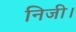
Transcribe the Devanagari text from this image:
निजी।